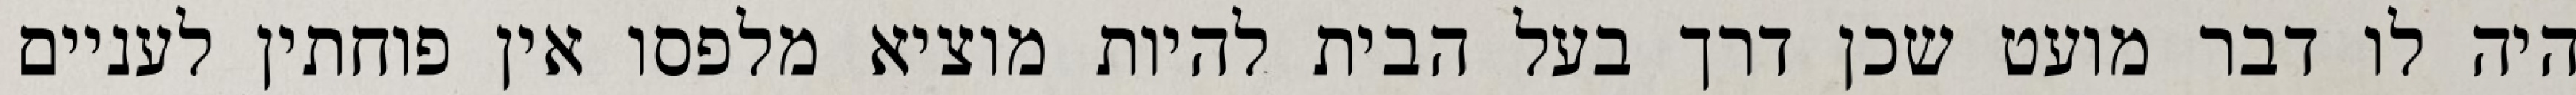
היה לו דבר מועט שכן דרך בעל הבית להיות מוציא מלפסו אין פוחתין לעניים